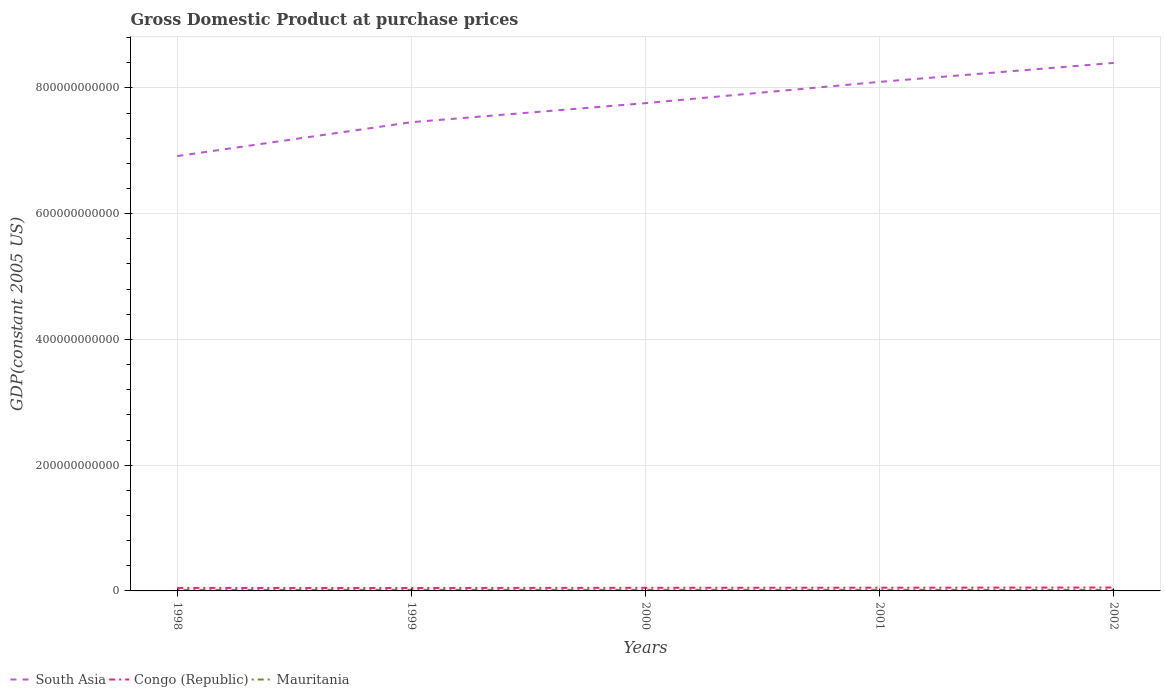
| Years | South Asia | Congo (Republic) | Mauritania |
 | --- | --- | --- | --- |
 | 1998 | 6.92e+11 | 4.76e+09 | 1.62e+09 |
 | 1999 | 7.46e+11 | 4.64e+09 | 1.75e+09 |
 | 2000 | 7.76e+11 | 4.99e+09 | 1.74e+09 |
 | 2001 | 8.1e+11 | 5.18e+09 | 1.78e+09 |
 | 2002 | 8.4e+11 | 5.42e+09 | 1.79e+09 |